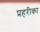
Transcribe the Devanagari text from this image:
प्रहरीका